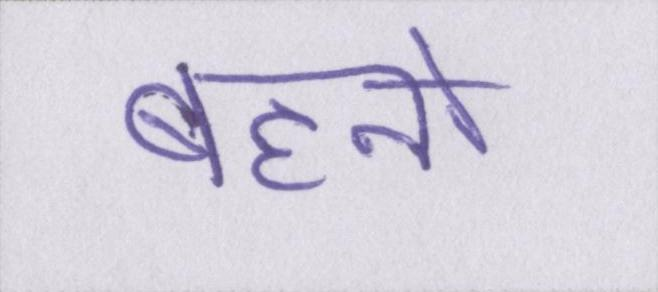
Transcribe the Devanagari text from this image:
बहनो